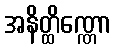
အနိတ္ထိဏ္ဏော